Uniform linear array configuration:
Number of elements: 64
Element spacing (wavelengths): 1
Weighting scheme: uniform
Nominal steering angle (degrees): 30
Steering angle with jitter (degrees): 30.415
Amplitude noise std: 0.05
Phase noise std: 0.05

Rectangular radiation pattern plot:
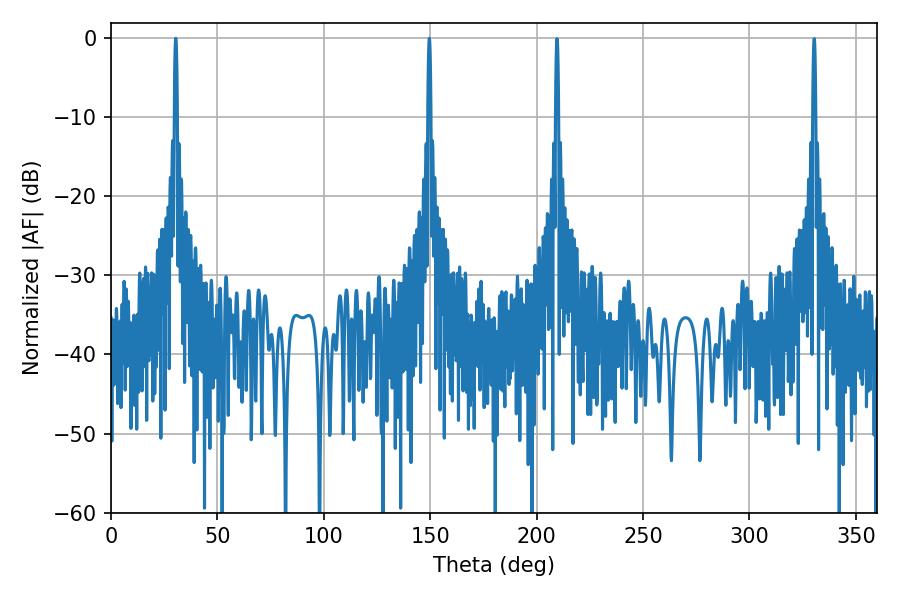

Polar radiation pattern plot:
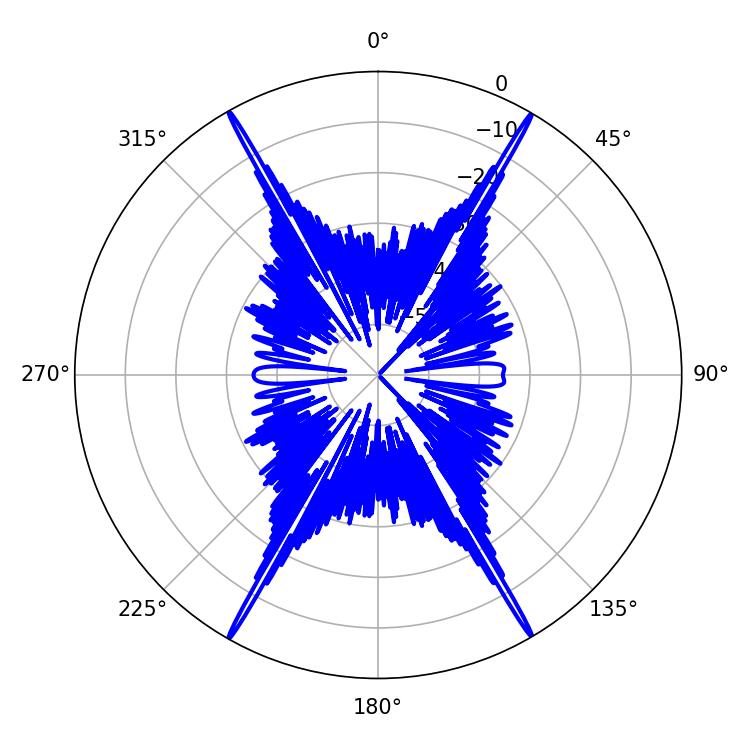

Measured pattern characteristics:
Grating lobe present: TRUE
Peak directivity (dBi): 35.128
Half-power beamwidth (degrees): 0.72
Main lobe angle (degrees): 30.42